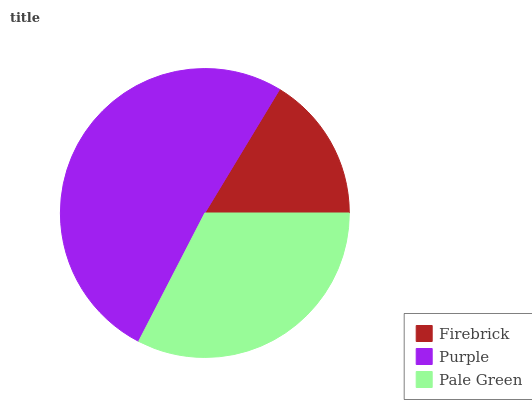
| Firebrick | Purple | Pale Green |
 | --- | --- | --- |
 | 16.4% | 51% | 32.6% |